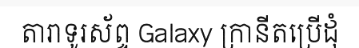
តារាទូរស័ព្ទ Galaxy ក្រានីតប្រើដុំ